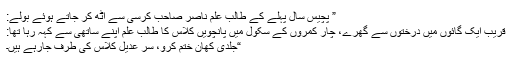
” پچیس سال پہلے کے طالب علم ناصر صاحب کرسی سے اٹھ کر جاتے ہوئے بولے:
قریب ایک گائوں میں درختوں سے گھرے، چار کمروں کے سکول میں پانچویں کلاس کا طالب علم اپنے ساتھی سے کہہ رہا تھا:
“جلدی کھان ختم کرو، سر عدیل کلاس کی طرف جارہے ہیں۔